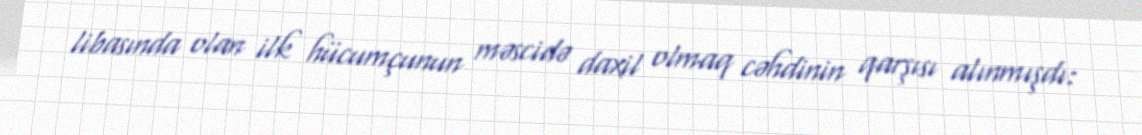
libasında olan ilk hücumçunun məscidə daxil olmaq cəhdinin qarşısı alınmışdı: